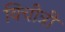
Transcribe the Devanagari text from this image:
विचीत्री